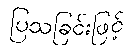
ပြသခြင်းဖြင့်